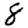
Digit: 8